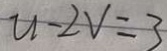
u - 2 v = 3